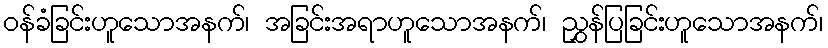
ဝန်ခံခြင်းဟူသောအနက်၊ အခြင်းအရာဟူသောအနက်၊ ညွှန်ပြခြင်းဟူသောအနက်၊